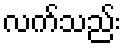
လက်သည်း